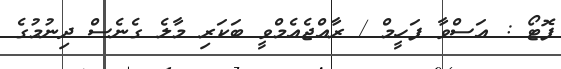
ފޮޓޯ : އަސްވާ ފަހީމް / ރާއްޖެއެމްވީ ބަކަރި މާލެ ގެނެސް ދިނުމުގެ